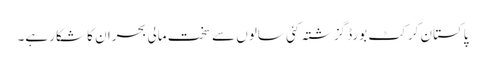
پاکستان کرکٹ بورڈ گزشتہ کئی سالوں سے سخت مالی بحران کا شکار ہے۔